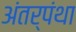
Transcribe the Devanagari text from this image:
अंतर्पंथा